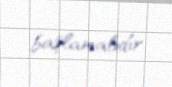
başlamalıdır.